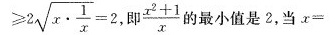
≥ 2 \sqrt { x \cdot \frac { 1 } { x } } = 2$$，即$$\frac { x ^ { 2 } + 1 } { x }$$的最小值是2，当$$x =